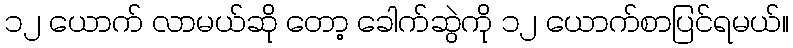
၁၂ ယောက် လာမယ်ဆို တော့ ခေါက်ဆွဲကို ၁၂ ယောက်စာပြင်ရမယ်။